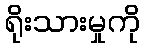
ရိုးသားမှုကို